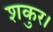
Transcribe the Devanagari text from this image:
शकुर।